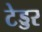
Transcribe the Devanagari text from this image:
टेड्डर